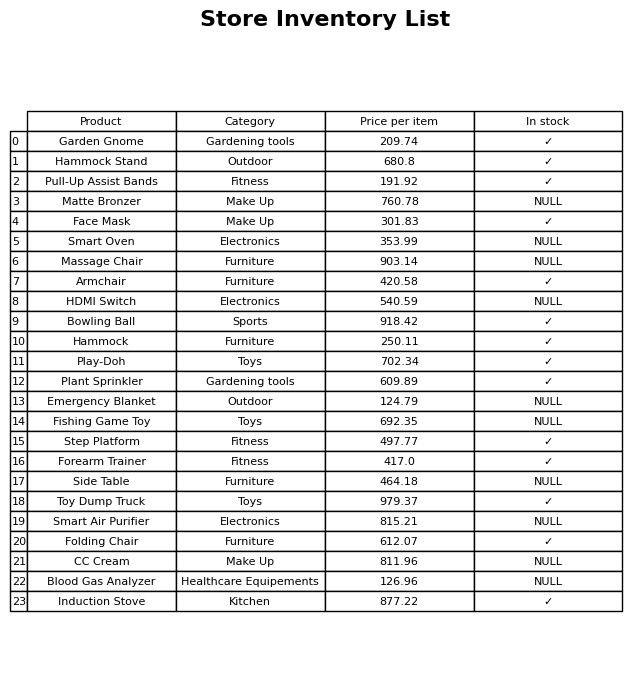
question: Which products are available in stock?
answer: Garden Gnome, Hammock Stand, Pull-Up Assist Bands, Face Mask, Armchair, Bowling Ball, Hammock, Play-Doh, Plant Sprinkler, Step Platform, Forearm Trainer, Toy Dump Truck, Folding Chair, Induction Stove